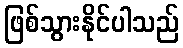
ဖြစ်သွားနိုင်ပါသည်